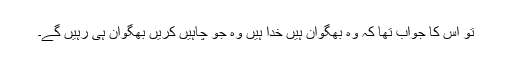
تو اس کا جواب تھا کہ وہ بھگوان ہیں خدا ہیں وہ جو چاہیں کریں بھگوان ہی رہیں گے۔